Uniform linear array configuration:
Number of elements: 48
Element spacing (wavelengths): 1
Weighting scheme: exponential
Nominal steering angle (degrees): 0
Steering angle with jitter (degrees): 1.939
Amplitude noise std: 0.05
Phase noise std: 0.05

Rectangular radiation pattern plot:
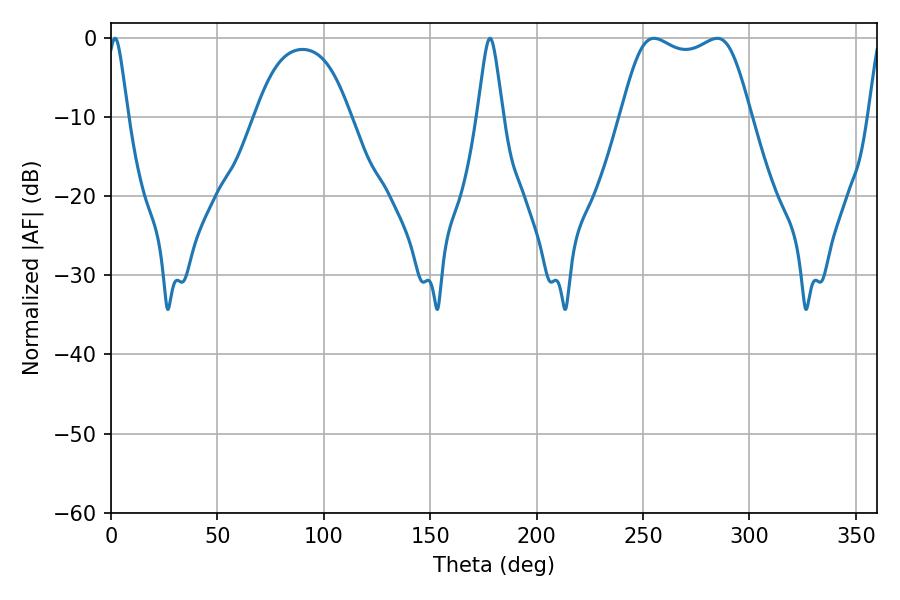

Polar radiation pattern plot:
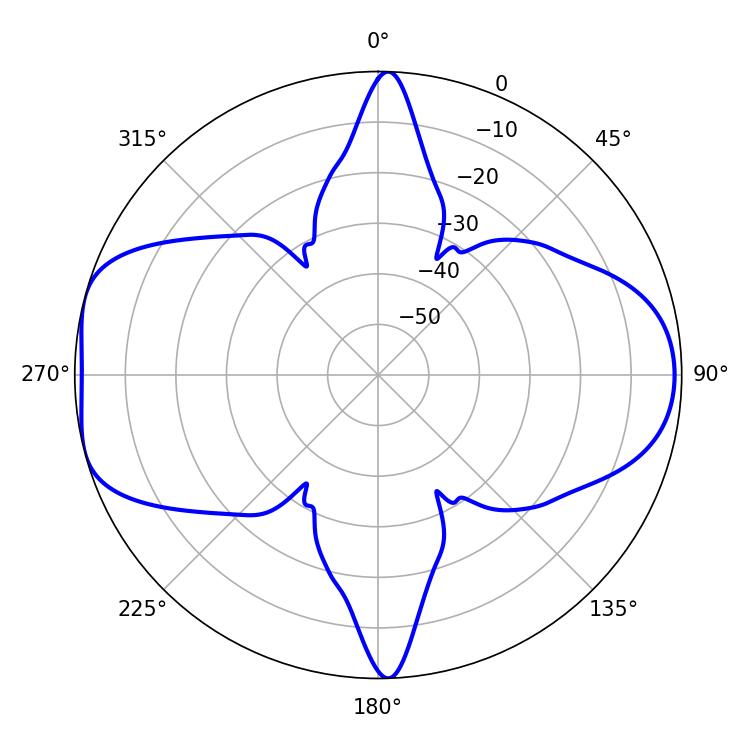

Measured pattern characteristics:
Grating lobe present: TRUE
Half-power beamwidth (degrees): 47.16
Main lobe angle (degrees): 255.24